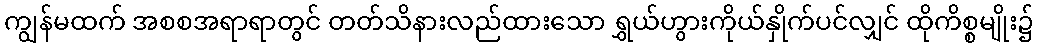
ကျွန်မထက် အစစအရာရာတွင် တတ်သိနားလည်ထားသော ရွှယ်ဟွားကိုယ်နှိုက်ပင်လျှင် ထိုကိစ္စမျိုး၌